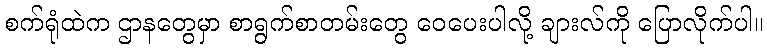
စက်ရုံထဲက ဌာနတွေမှာ စာရွက်စာတမ်းတွေ ဝေပေးပါလို့ ချားလ်ကို ပြောလိုက်ပါ။